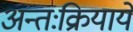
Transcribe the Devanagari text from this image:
अन्तःक्रियायें